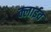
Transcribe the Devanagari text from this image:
क्लाईव